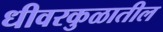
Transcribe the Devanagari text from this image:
धीवरकुळातील